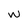
Character: w